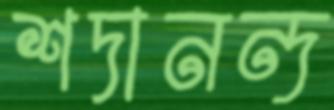
শদানন্দ